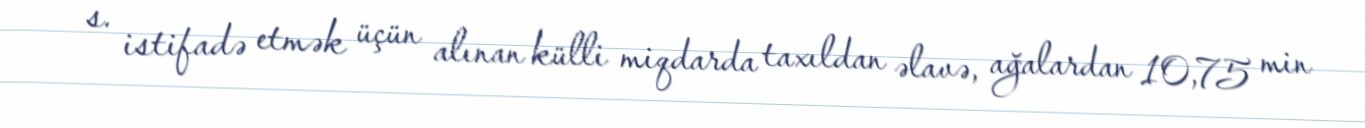
s. istifadə etmək üçün alınan külli miqdarda taxıldan əlavə, ağalardan 10,75 min